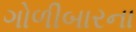
ગોળીબારના